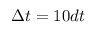
\Delta t = 1 0 d t